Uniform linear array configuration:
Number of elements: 16
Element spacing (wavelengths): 1
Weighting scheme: uniform
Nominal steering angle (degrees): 30
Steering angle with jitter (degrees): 30.209
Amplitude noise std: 0.05
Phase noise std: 0.05

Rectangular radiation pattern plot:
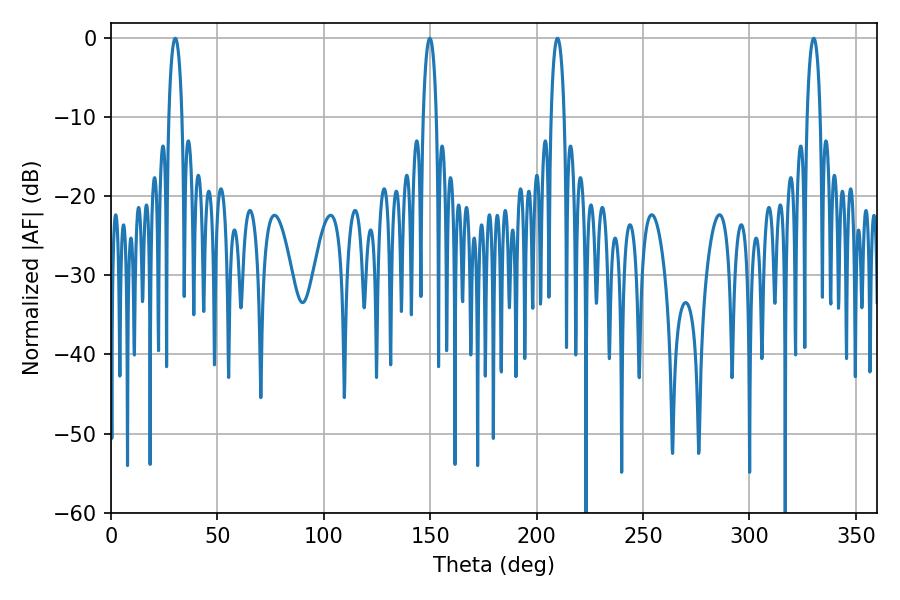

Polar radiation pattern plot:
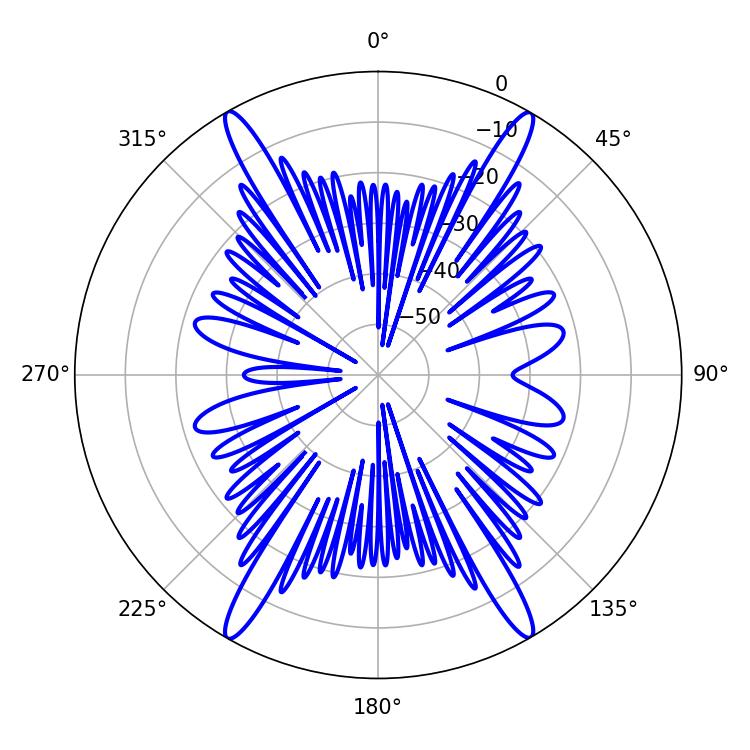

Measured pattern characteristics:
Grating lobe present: TRUE
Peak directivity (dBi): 28.651
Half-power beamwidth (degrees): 3.6
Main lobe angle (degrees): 30.24